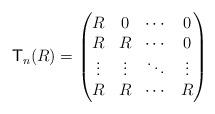
LaTeX: \begin{align*}\mathsf{T}_{n}(R)=\begin{pmatrix} R & 0 & \cdots & 0\\ R & R & \cdots & 0\\ \vdots & \vdots & \ddots & \vdots \\ R & R & \cdots & R\\\end{pmatrix}\end{align*}